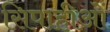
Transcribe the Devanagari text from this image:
सिपाहीओं